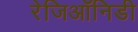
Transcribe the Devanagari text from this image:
रेजिऑनिडी